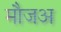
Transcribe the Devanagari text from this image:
मौजअ